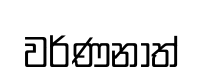
වර්ණනාත්